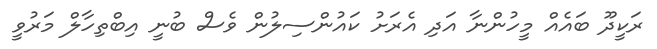
ރަކީދޫ ބައެއް މީހުންނާ އަދި އެރަށު ކައުންސިލުން ވެސް ބުނީ އިބްތިހާލް މަރުވީ